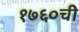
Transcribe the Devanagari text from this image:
१७६०ची